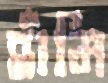
হাঁমি